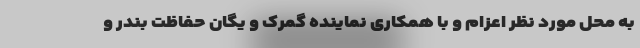
به محل مورد نظر اعزام و با همکاری نماینده گمرک و یگان حفاظت بندر و